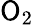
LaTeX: \mathsf{O}_{2}